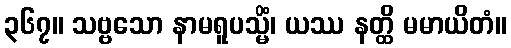
၃၆၇။ သဗ္ဗသော နာမရူပသ္မိံ၊ ယဿ နတ္ထိ မမာယိတံ။